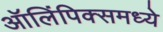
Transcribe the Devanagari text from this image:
ऑलिंपिक्समध्ये